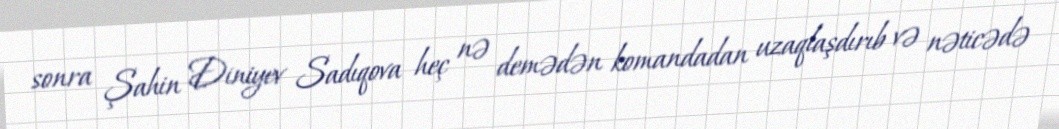
sonra Şahin Diniyev Sadıqova heç nə demədən komandadan uzaqlaşdırıb və nəticədə